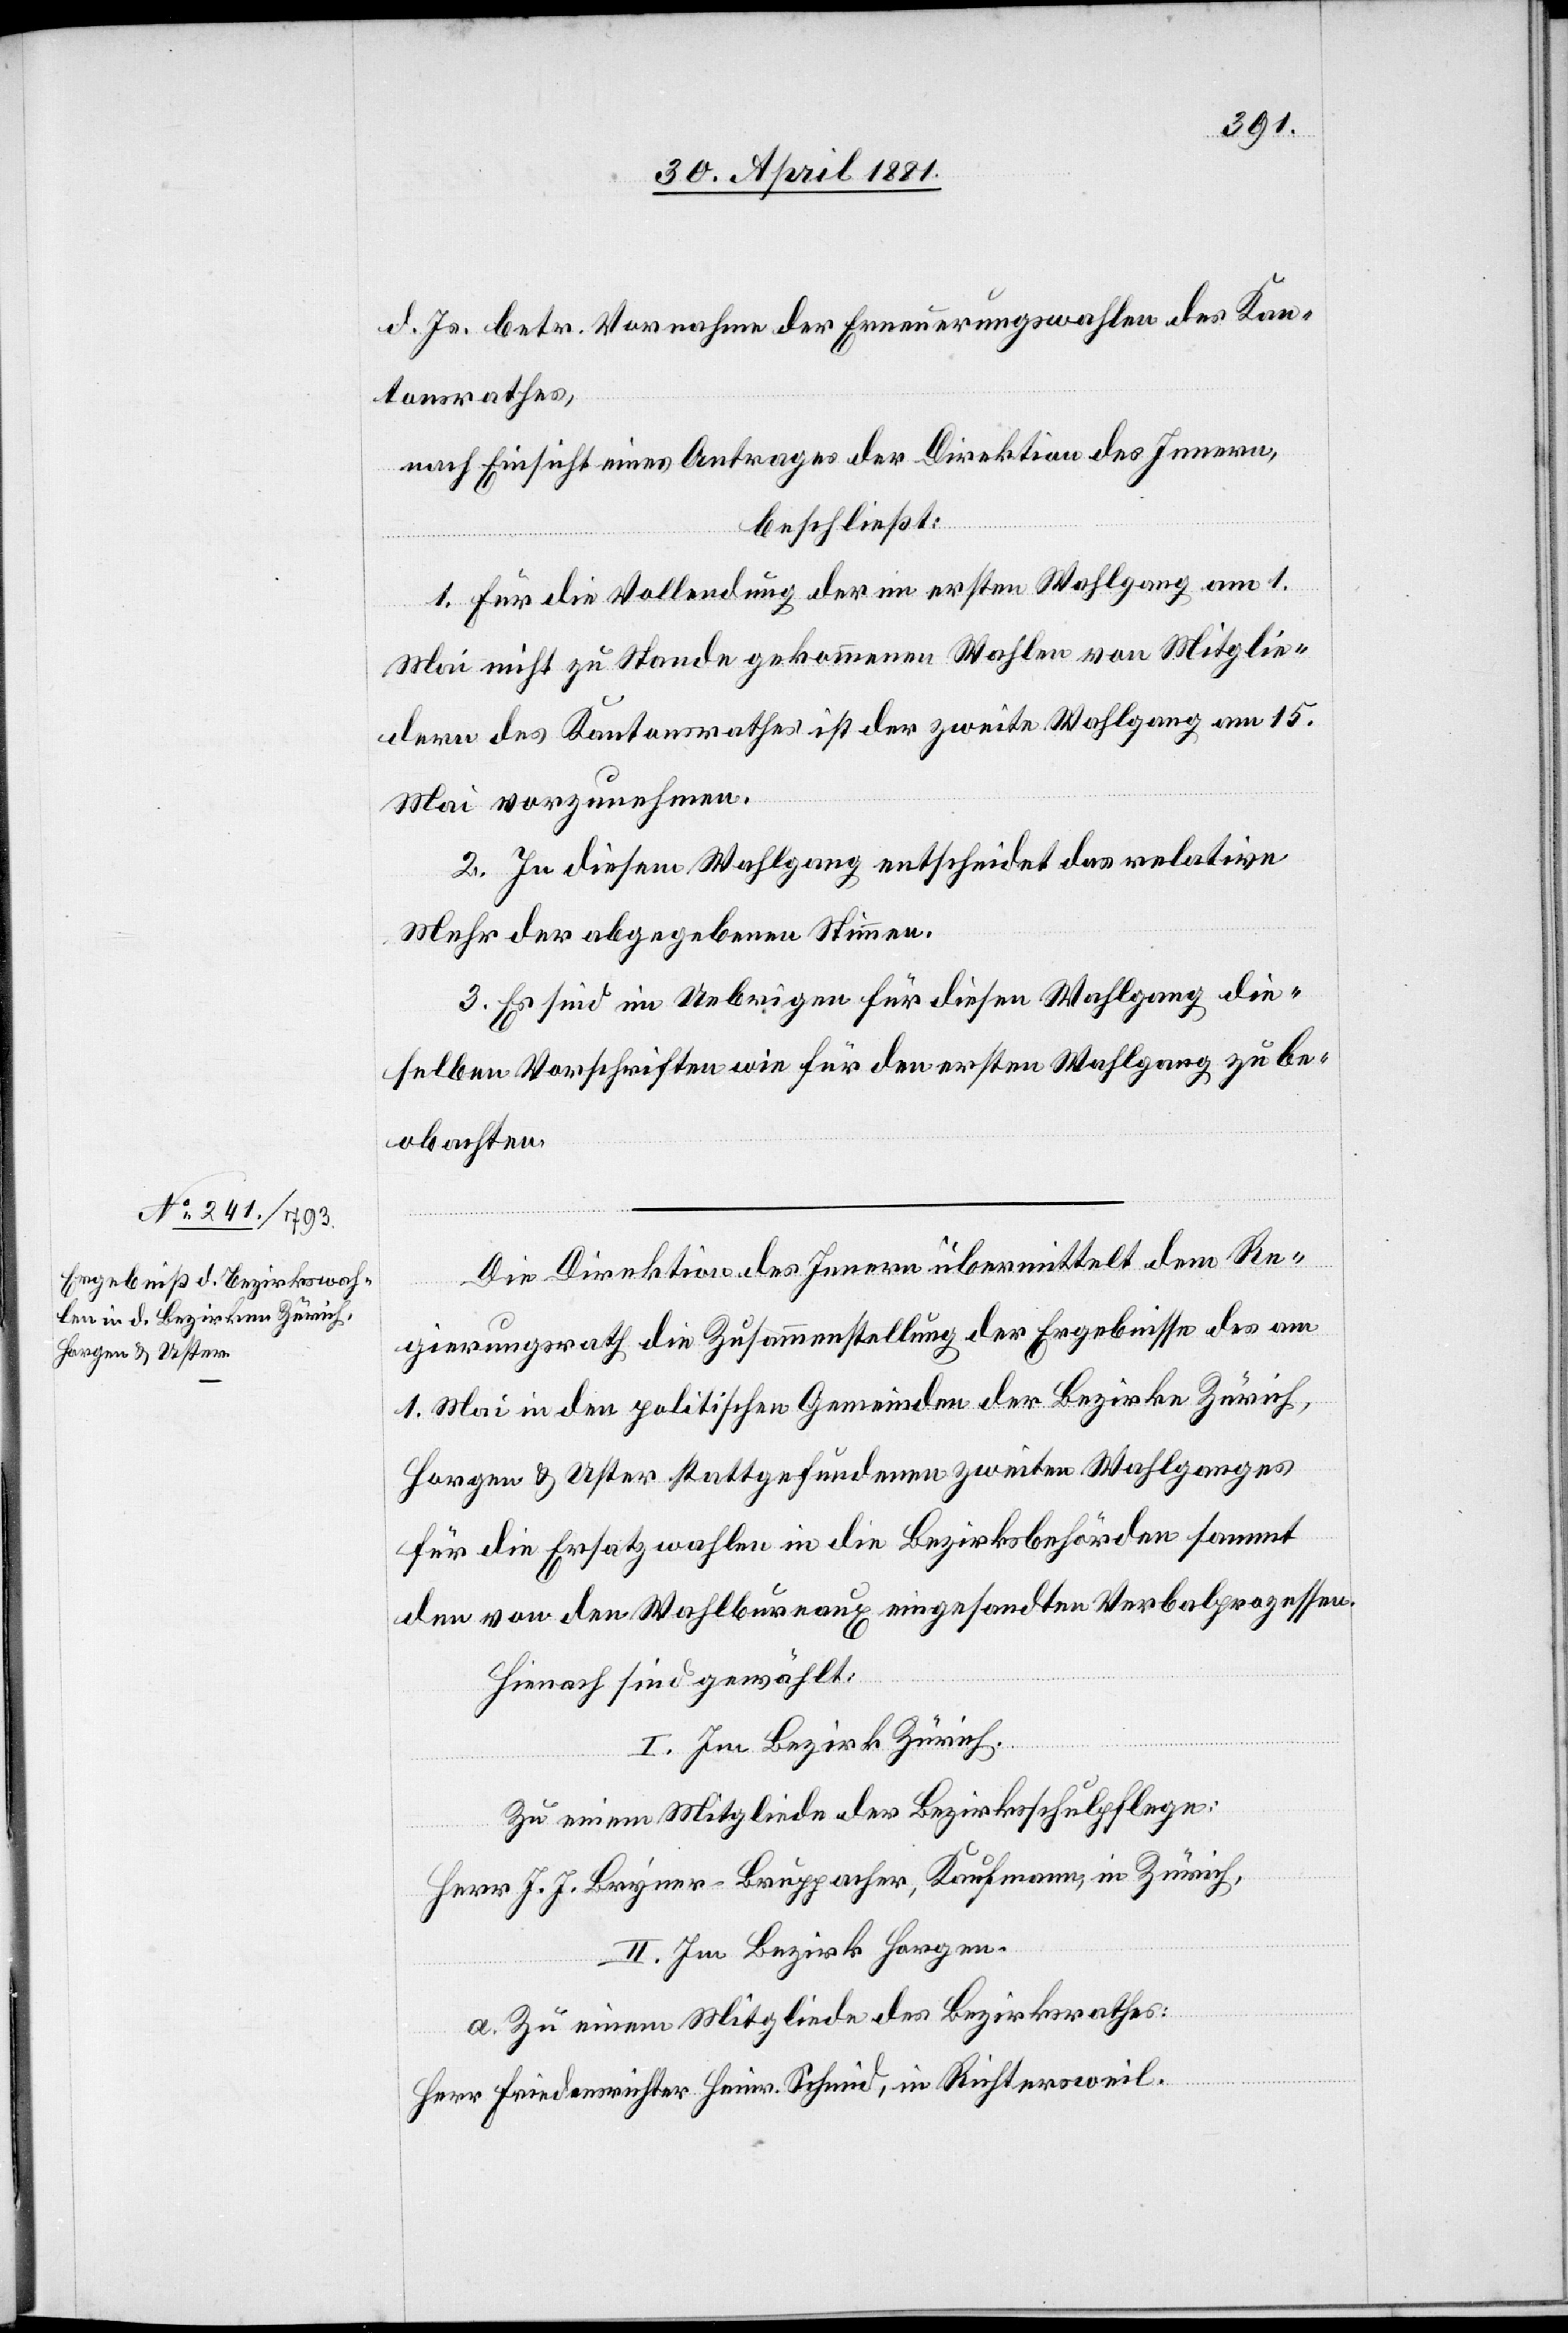
d. Js. betr. Vornahme der Erneuerungswahlen des Kan¬
tonsrathes,
nach Einsicht eines Antrages der Direktion des Innern,
beschließt:
1. Für die Vollendung der im ersten Wahlgang am 1.
Mai nicht zu Stande gekommenen Wahlen von Mitglie¬
dern des Kantonsrathes ist der zweite Wahlgang am 15.
Mai vorzunehmen.
2. In diesem Wahlgang engscheidet das relative
Mehr der abgegebenen Stimmen.
3. Es sind im Uebrigen für diesen Wahlgang die¬
selben Vorschriften wie für den ersten Wahlgang zu be¬
obachten.
Die Direktion des Innern übermittelt dem Re¬
gierungsrath die Zusammenstellung der Ergebnisse des am
1. Mai in den politischen Gemeinden der Bezirke Zürich,
Horgen & Uster stattgefundenen zweiten Wahlganges
für die Ersatzwahlen in die Bezirksbehörden sammt
den von den Wahlbureaux eingesandten Verbalprozessen.
Hienach sind gewählt:
I. Im Bezirk Zürich.
Zu einem Mitgliede der Bezirksschulpflege:
Herr J. J. Bryner-Bruppacher, Kaufmann, in Zürich,
II. Im Bezirk Horgen.
5.
a. Zu einem Mitgliede des Bezirksrathes:
Herr Friedensrichter Heinr. Schmid, in Richtersweil.